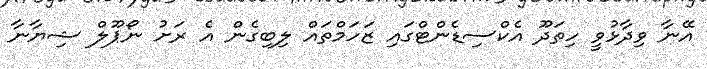
އޭނާ ވިދާޅުވީ ހިތަދޫ އެކްސިޑެންޓްގައި ޒަހަމްތައް ލިބިގެން އެ ރަށު ނޯޕޫލް ޝިޔާނާ